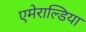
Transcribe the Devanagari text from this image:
एमेराल्डिया